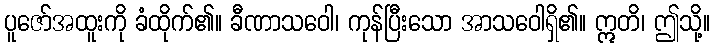
ပူဇော်အထူးကို ခံထိုက်၏။ ခီဏာသဝေါ၊ ကုန်ပြီးသော အာသဝေါရှိ၏။ ဣတိ၊ ဤသို့။